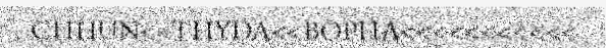
CHHUN<<THYDA<<BOPHA<<<<<<<<<<<